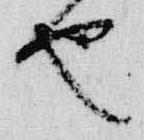
也